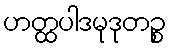
ဟတ္ထပါဒမုဒုတဉ္စ